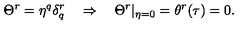
\Theta ^ { r } = \eta ^ { q } \delta _ { q } ^ { r } \quad \Rightarrow \quad \Theta ^ { r } | _ { \eta = 0 } = \theta ^ { r } ( \tau ) = 0 .